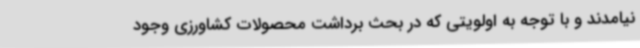
نیامدند و با توجه به اولویتی که در بحث برداشت محصولات کشاورزی وجود